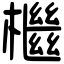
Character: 檵